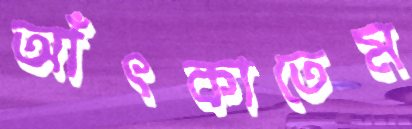
আঁৎকাতেম